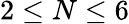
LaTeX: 2\leq N\leq 6